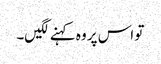
تو اس پر وہ کہنے لگیں۔